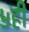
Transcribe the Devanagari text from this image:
५ही